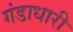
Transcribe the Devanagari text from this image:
गंडाधारी